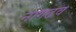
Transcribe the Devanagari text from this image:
नागढव